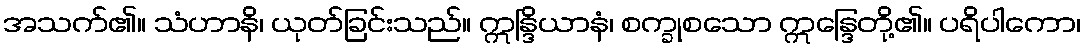
အသက်၏။ သံဟာနိ၊ ယုတ်ခြင်းသည်။ ဣန္ဒြိယာနံ၊ စက္ခုစသော ဣန္ဒြေတို့၏။ ပရိပါကော၊